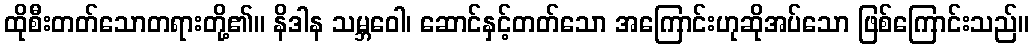
ထိုစီးတတ်သောတရားတို့၏။ နိဒါန သမ္ဘဝေါ၊ ဆောင်နှင့်တတ်သော အကြောင်းဟုဆိုအပ်သော ဖြစ်ကြောင်းသည်။